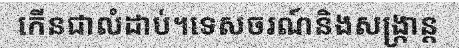
កើនជាលំដាប់។ទេសចរណ៍និងសង្ក្រាន្ត